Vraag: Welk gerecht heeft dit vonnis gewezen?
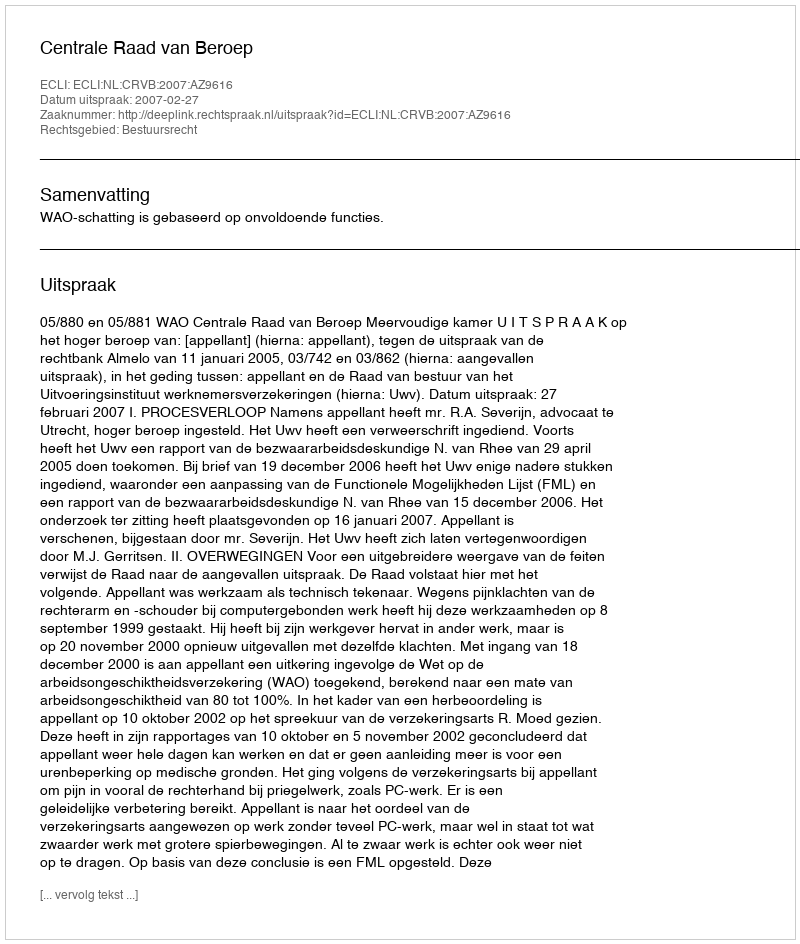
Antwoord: Centrale Raad van Beroep